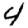
Digit: 4